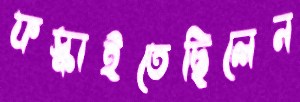
ফস্‌কাইতেছিলেন